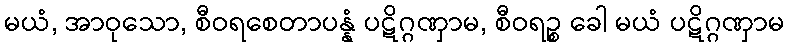
မယံ, အာဝုသော, စီဝရစေတာပန္နံ ပဋိဂ္ဂဏှာမ, စီဝရဉ္စ ခေါ မယံ ပဋိဂ္ဂဏှာမ